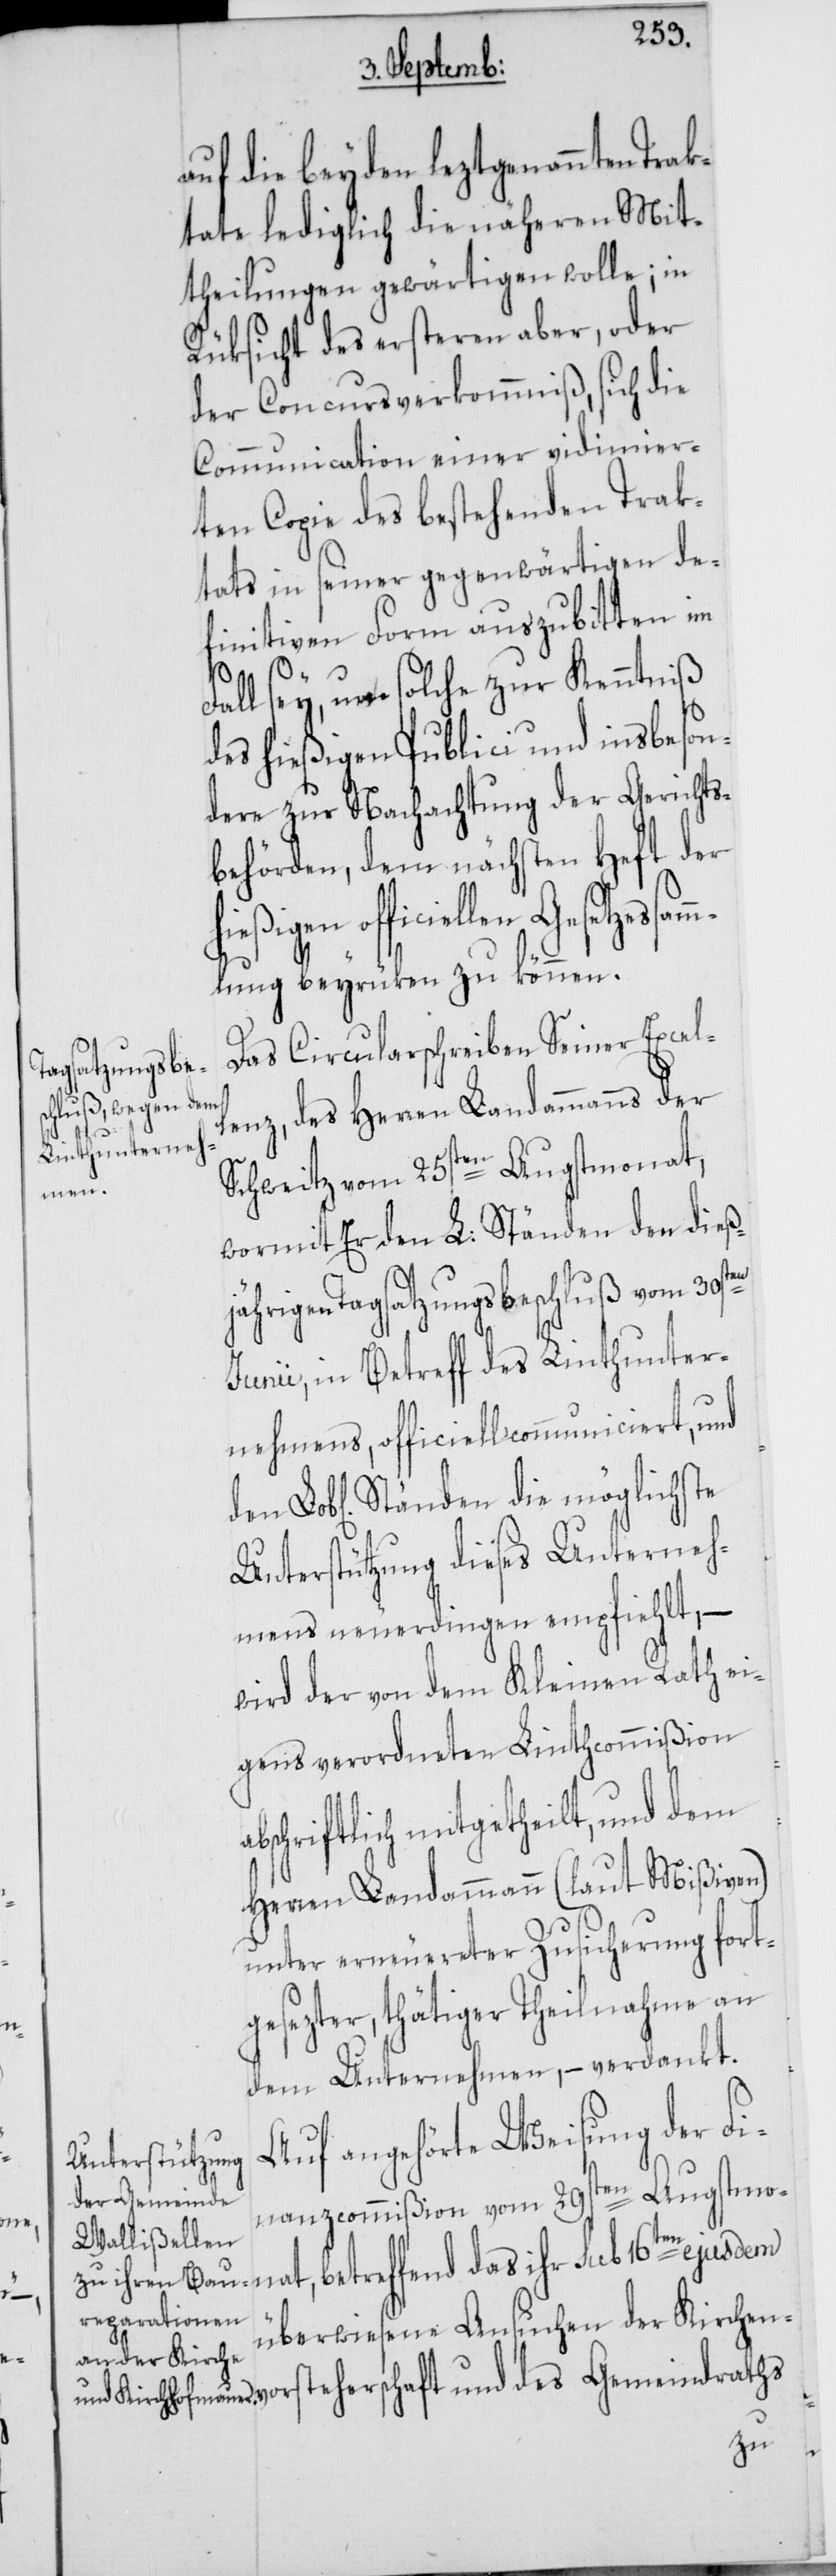
en

auf die beyden leztgenannten Tra¬
ktate lediglich die näheren Mit¬
theilungen gewärtigen wolle; in
Rüksicht des ersteren aber, oder
der Concursverkommniß, sich die
Communication einer vidimier¬
ten Copie des bestehenden Trak¬
tats in seiner gegenwärtigen de¬
finitiven Form auszubitten im
ab¬
Fall sey, um solche zur Kenntniß
des hießigen Publici und insbeson¬
dere zur Nachachtung der Gerichts¬
behörden, dem nächsten Heft der
hießigen officiellen
lung beyrüken zu können.
Das Circularschreiben Seiner Excel¬
enz, des Herren Landammanns der
Lob[li¬
Schweitz vom 25sten Augstmonat,
wormit Er den L. Ständen den dieß¬
jährigen Tagsatzungsbeschluß vom 30st¬
Junii, in Betreff des Linthunter¬
nehmens, officiell communiciert, und
chen] Ständen die möglichste
Unterstützung dieses Unterneh¬
mens neuerdingen empfiehlt, –
wird der von dem Kleinen Rath ei¬
gens verordneten Linthcommißion
vorsteherschaft und des
Herren Landammann (laut Mißiven)
unter erneuereter Zusicherung fort¬
gesezter, thätiger Theilnahme an
dem Unternehmen, – verdankt.
Auf angehörte Weisung der Fi¬
nanzcommißion vom 29sten Augstmo¬
nat, betreffend das ihr sub 16ten ejusdem
überwiesene Ansuchen der Kirchen¬